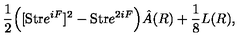
{ \frac { 1 } { 2 } } \Big ( [ \mathrm { S t r } e ^ { i F } ] ^ { 2 } - \mathrm { S t r } e ^ { 2 i F } \Big ) \hat { A } ( R ) + { \frac { 1 } { 8 } } L ( R ) ,